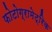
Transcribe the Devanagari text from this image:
फोटोग्रामेट्रिक